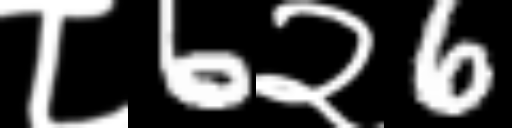
Text: ८6२6